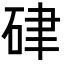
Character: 硉